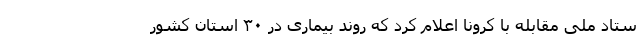
ستاد ملی مقابله با کرونا اعلام کرد که روند بیماری در ۳۰ استان کشور